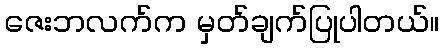
ဇေးဘလက်က မှတ်ချက်ပြုပါတယ်။